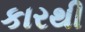
કારથી